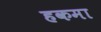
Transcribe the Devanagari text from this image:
हकमा